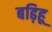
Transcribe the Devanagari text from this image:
बढ़िहू